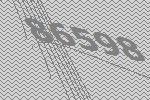
86598